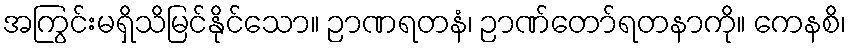
အကြွင်းမရှိသိမြင်နိုင်သော။ ဉာဏရတနံ၊ ဉာဏ်တော်ရတနာကို။ ကေနစိ၊